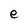
Character: e